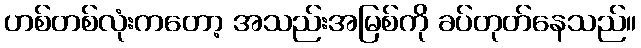
ဟစ်တစ်လုံးကတော့ အသည်းအမြစ်ကို ခပ်တုတ်နေသည်။